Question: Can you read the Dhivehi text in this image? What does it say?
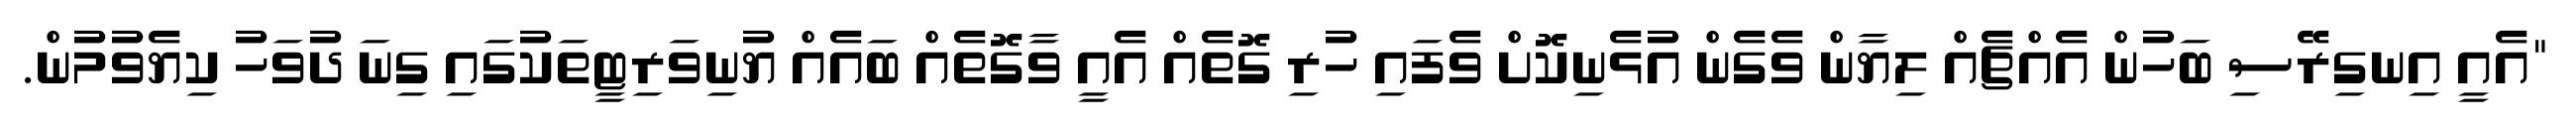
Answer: "އެއީ އިނގިރޭސި ބަހުން އެއްޗެއް ލިޔާން ވެގެން އުޅެނިކޮށް ވެފައި ހުރި ގޮތެއް އެއީ ވާގޮތެއް ބައެއް ޔުނިވަރިޓީތަކުގައި ގިނަ ދުވަހު ކިޔެވުމުން.